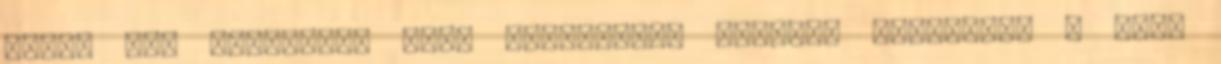
EU-ra van szüksége, vagy legalábbis újfajta viszonyra a klub